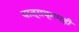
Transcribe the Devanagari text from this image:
यात्राक्रमही